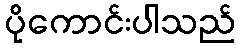
ပိုကောင်းပါသည်